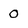
Character: 0